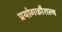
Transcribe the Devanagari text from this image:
प्रयोगकौशल्य